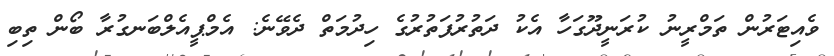
ވެއިޓަރުން ތަމްރީނު ކުރަނީދޫގަހާ އެކު ދަތުރުފަތުރުގެ ހިދުމަތް ދެވޭނެ: އެމްޕީއެލްބަނގުރާ ބޯން ތިބި